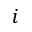
i